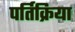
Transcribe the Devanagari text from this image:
पर्तिक्रिया